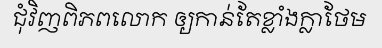
ជុំវិញពិភពលោក ឲ្យកាន់តែខ្លាំងក្លាថែម